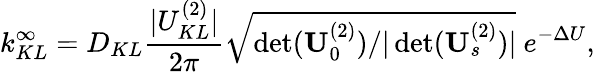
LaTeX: k_{KL}^{\infty}=D_{KL}\frac{|U_{KL}^{(2)}|}{2\pi}\sqrt{{\operatorname*{det}(\mathbf{U}_{0}^{(2)})}/{|\operatorname*{det}(\mathbf{U}_{s}^{(2)})|}}\ e^{-\Delta U},